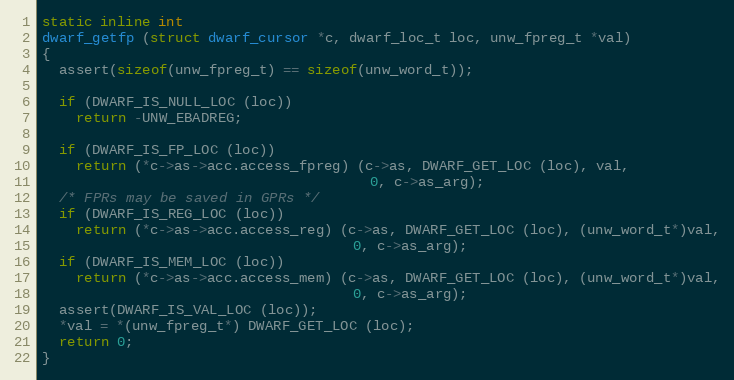
Language: C
static inline int
dwarf_getfp (struct dwarf_cursor *c, dwarf_loc_t loc, unw_fpreg_t *val)
{
  assert(sizeof(unw_fpreg_t) == sizeof(unw_word_t));

  if (DWARF_IS_NULL_LOC (loc))
    return -UNW_EBADREG;

  if (DWARF_IS_FP_LOC (loc))
    return (*c->as->acc.access_fpreg) (c->as, DWARF_GET_LOC (loc), val,
                                       0, c->as_arg);
  /* FPRs may be saved in GPRs */
  if (DWARF_IS_REG_LOC (loc))
    return (*c->as->acc.access_reg) (c->as, DWARF_GET_LOC (loc), (unw_word_t*)val,
                                     0, c->as_arg);
  if (DWARF_IS_MEM_LOC (loc))
    return (*c->as->acc.access_mem) (c->as, DWARF_GET_LOC (loc), (unw_word_t*)val,
                                     0, c->as_arg);
  assert(DWARF_IS_VAL_LOC (loc));
  *val = *(unw_fpreg_t*) DWARF_GET_LOC (loc);
  return 0;
}